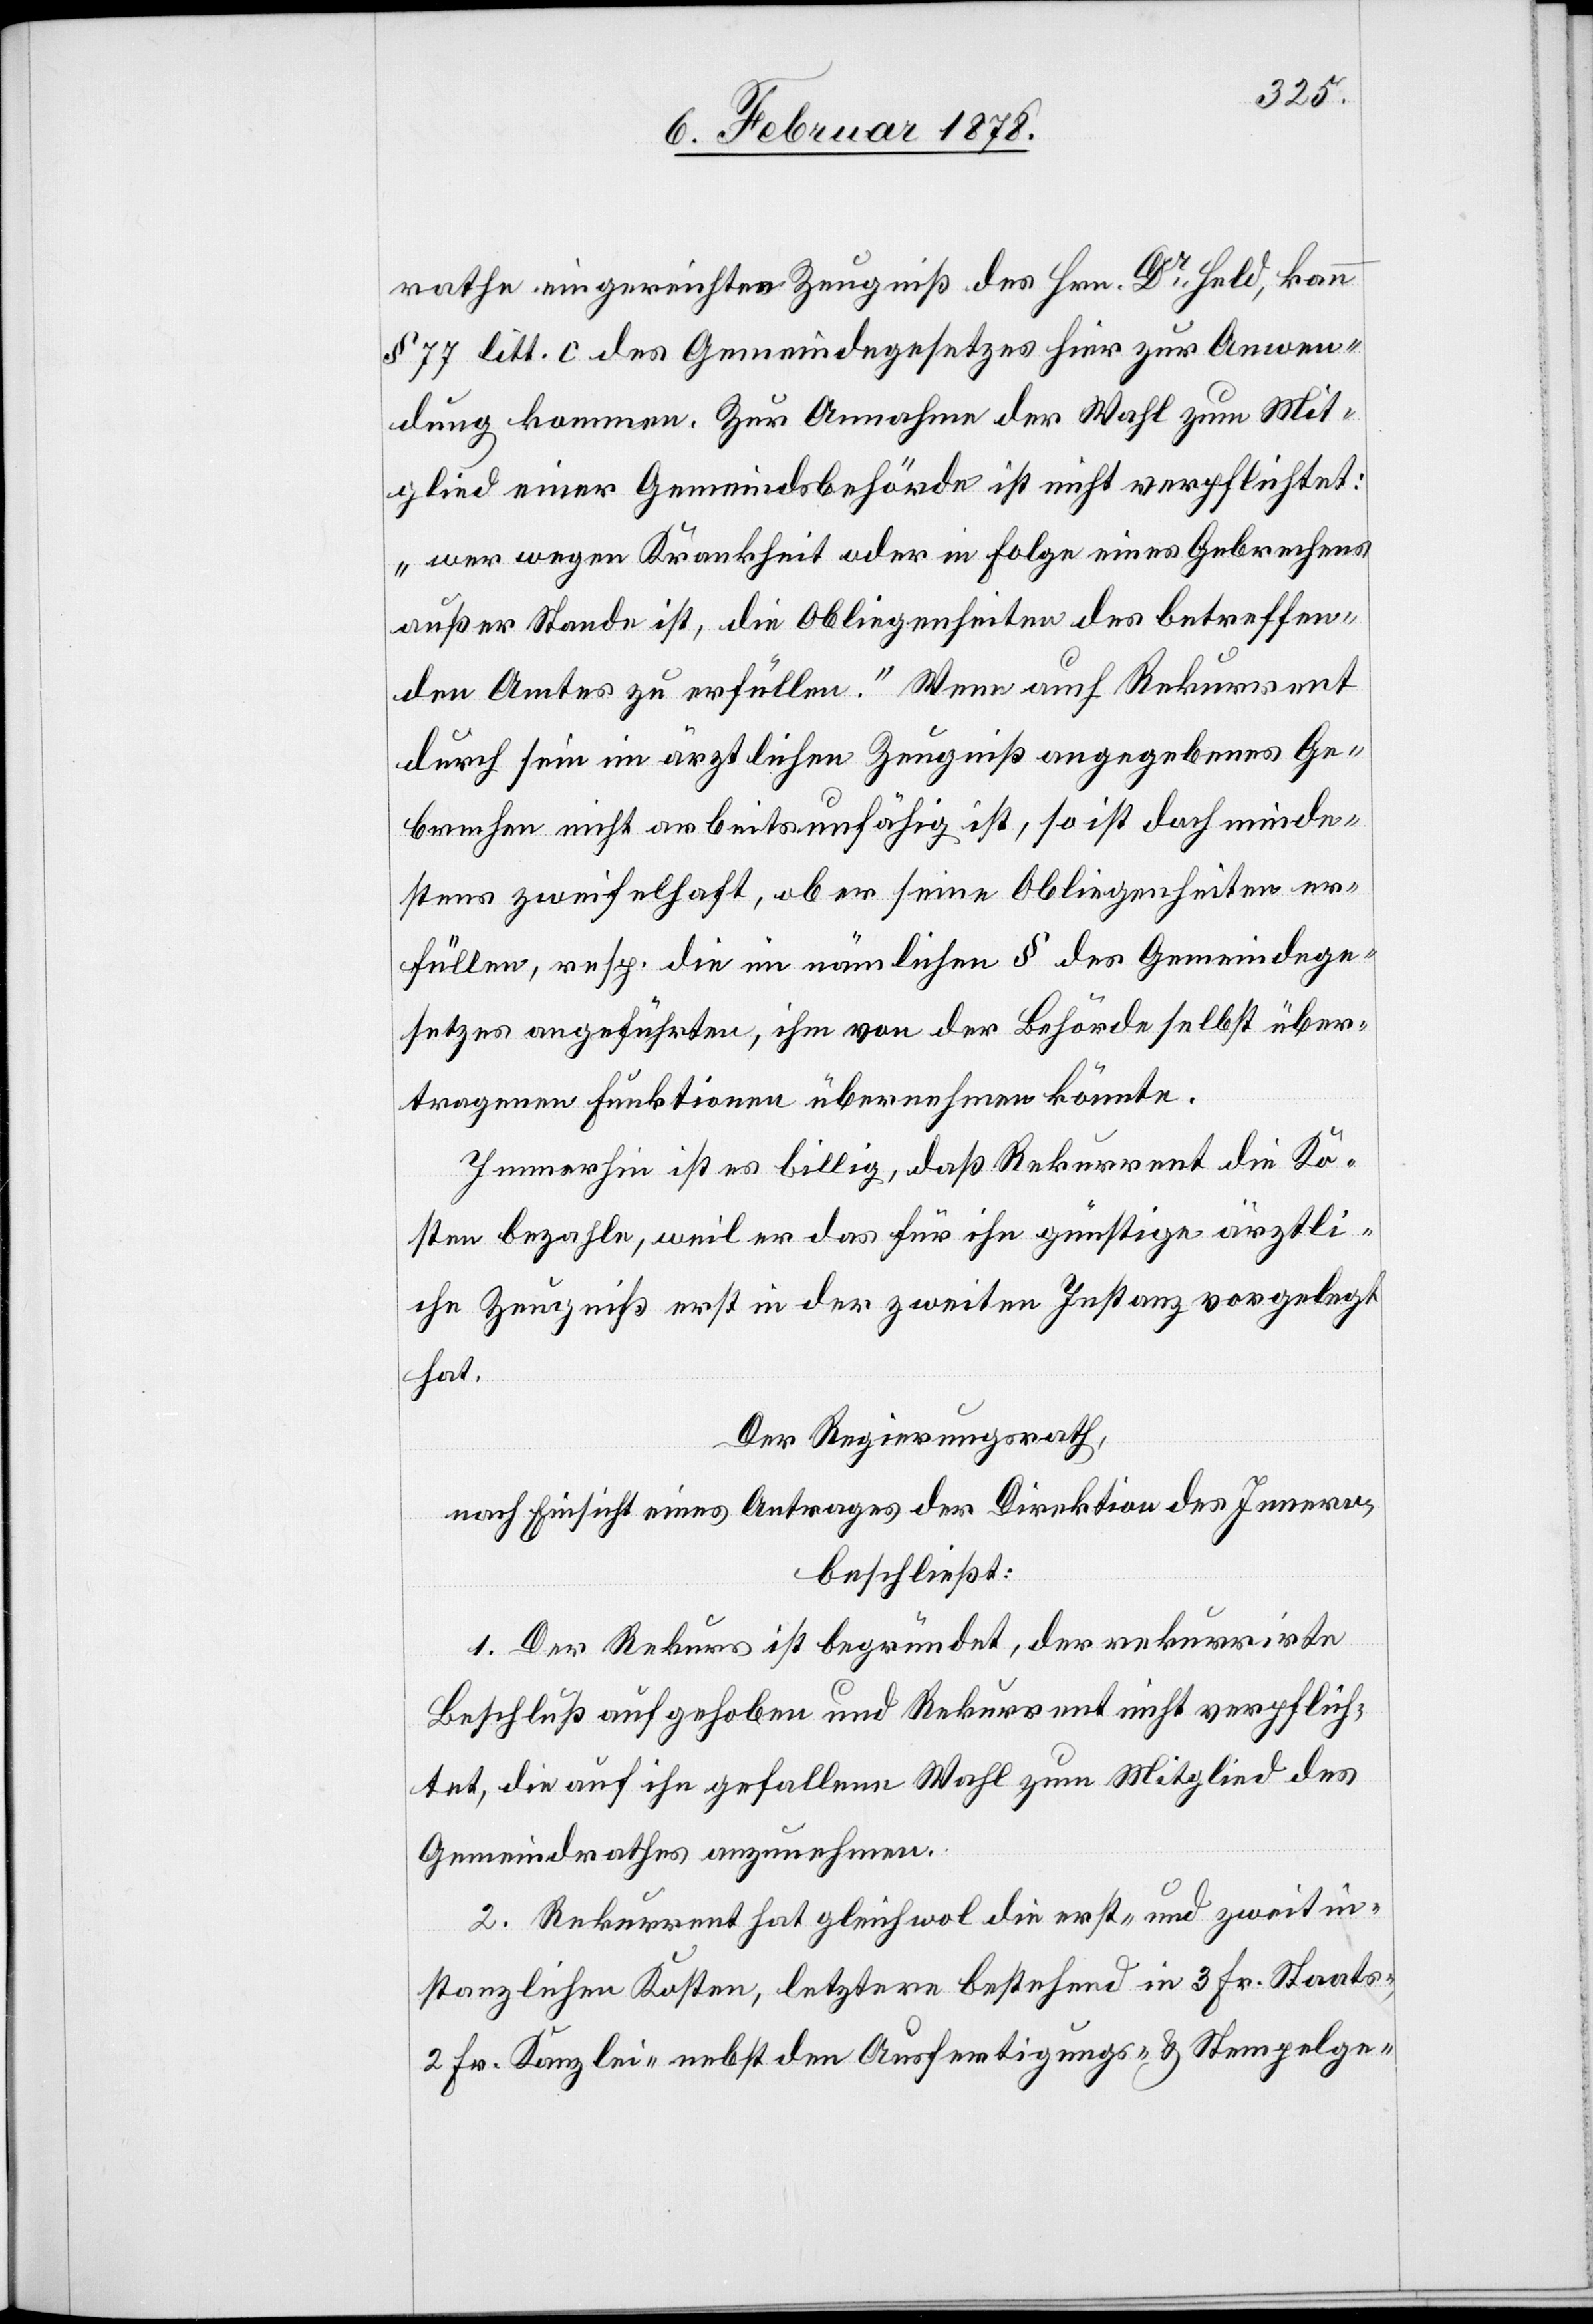
rathe eingereichten Zeugniß des Hrn. Dr Held, kann
§ 77 litt. c des Gemeindegesetzes hier zur Anwen¬
dung kommen. Zur Annahme der Wahl zum Mit¬
glied einer Gemeindsbehörde ist nicht verpflichtet:
„wer wegen Krankheit oder in Folge eines Gebrechens
außer Stande ist, die Obliegenheiten des betreffen¬
den Amtes zu erfüllen.“ Wenn auch Rekurrent
durch sein im ärztlichen Zeugniß angegebenes Ge¬
brechen nicht arbeitsunfähig ist, so ist doch minde¬
stens zweifelhaft, ob er seine Obliegenheiten er¬
fülle, resp. die im nämlichen § des Gemeindege¬
setzes angeführten, ihm von der Behörde selbst über¬
tragenen Funktionen übernehmen könnte.
Immerhin ist es billig, daß Rekurrent die Ko¬
sten bezahlen, weil er das für ihn günstige ärztli¬
che Zeugniß erst in der zweiten Instanz vorgelegt
hat.
Der Regierungsrath,
nach Einsicht eines Antrages der Direktion des Innern,
beschließt:
1. Der Rekurs ist begründet, der rekurrirte
Beschluß aufgehoben und Rekurrent nicht verpflich¬
tet, die auf ihn gefallene Wahl zum Mitglied des
Gemeindrathes anzurechnen.
2. Rekurrent hat gleichwol die erst- und zweitin¬
stanzlichen Kosten, letztere bestehend in 3 Fr. Staats-
2 Fr. Kanzlei- nebst den Ausfertigungs- & Stempelge-